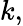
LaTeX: k,